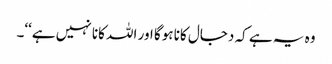
وہ یہ ہے کہ دجال کانا ہوگا اور اللہ کانا نہیں ہے‘‘۔